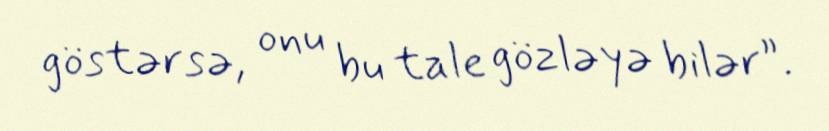
göstərsə, onu bu tale gözləyə bilər”.